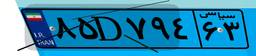
۷۲D۲۲۹۲۷